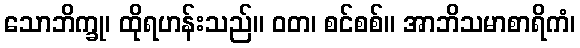
သောဘိက္ခု၊ ထိုရဟန်းသည်။ ဝတ၊ စင်စစ်။ အာဘိသမာစာရိကံ၊